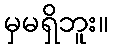
မှမရှိဘူး။